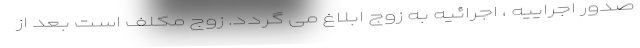
صدور اجراییه ، اجرائیه به زوج ابلاغ می گردد. زوج مکلف است بعد از